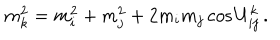
m _ { k } ^ { 2 } = m _ { i } ^ { 2 } + m _ { j } ^ { 2 } + 2 m _ { i } m _ { j } \cos U _ { i j } ^ { k } \, .